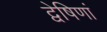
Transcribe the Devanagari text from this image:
द्वेषिणां